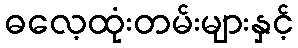
ဓလေ့ထုံးတမ်းများနှင့်